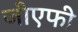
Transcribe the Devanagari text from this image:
जीएफी